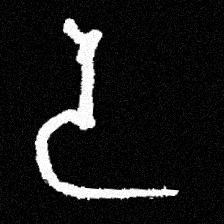
Pyu character \u2014 Myanmar letter: ဒ (romanized: da)